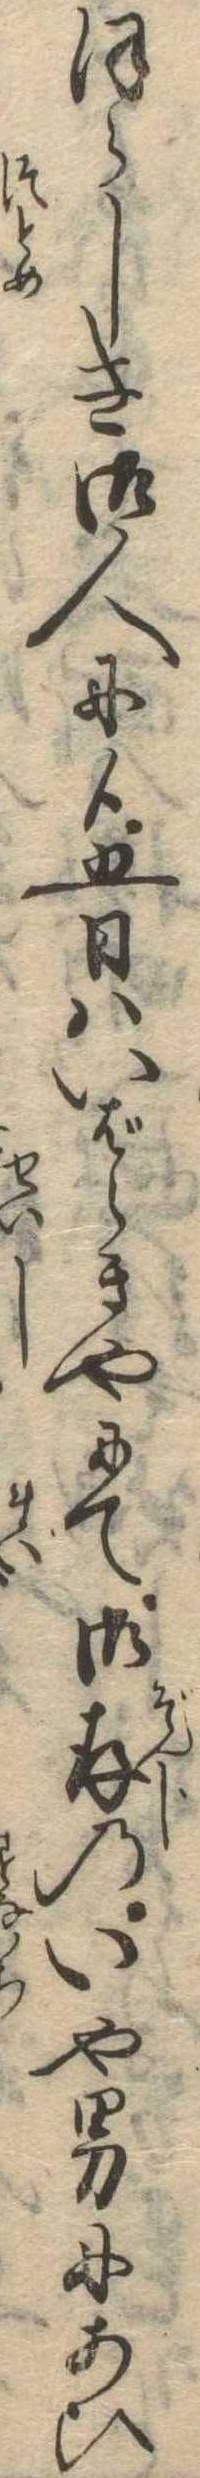
ほらしき御人に候五日はいばらきやにて御存のいや男にあひ